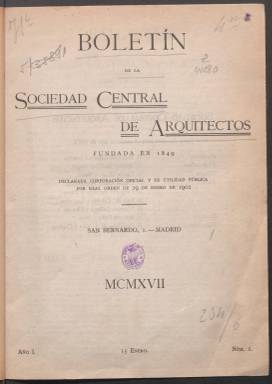
Título: Boletín de la Sociedad Central de Arquitectos (Madrid. 1917)
Colección: Arquitectura y construcción
Ámbito geográfico: Madrid
Lugar de publicación: Madrid
Fechas: 15/01/1917-15/08/1931